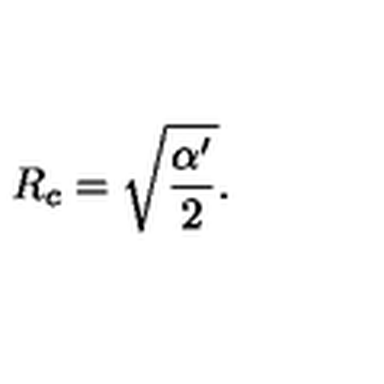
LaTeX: R _ { c } = \sqrt { \frac { \alpha ^ { \prime } } { 2 } } .